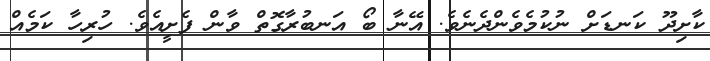
ކާށިދޫ ކަނޑަށް ނުކުމެވެންދެނެވެ. އޭނާ ބޯ އަނބުރާގޮތް ވާން ފެށީއެވެ. ހުރިހާ ކަމެއް